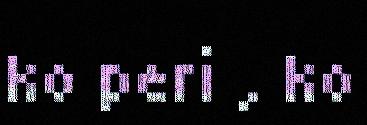
ko peri , ko